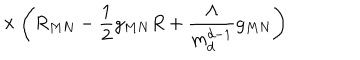
\times \left( R _ { M N } - \frac { 1 } { 2 } g _ { M N } R + \frac { \Lambda } { m _ { d } ^ { d - 1 } } g _ { M N } \right)